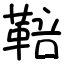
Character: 鞛